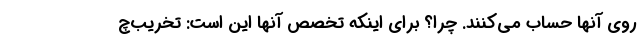
روی آنها حساب می‌کنند. چرا؟ برای اینکه تخصص آنها این است: تخریب‌چ